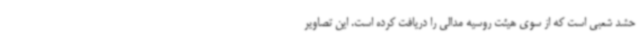
حشد شعبی است که از سوی هیئت روسیه مدالی را دریافت کرده است. این تصاویر